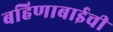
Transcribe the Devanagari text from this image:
बहिणाबाईची